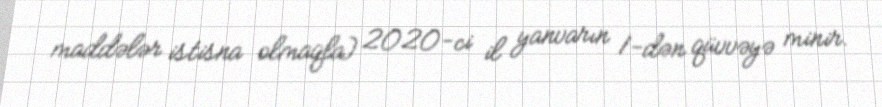
maddələr istisna olmaqla) 2020-ci il yanvarın 1-dən qüvvəyə minir.